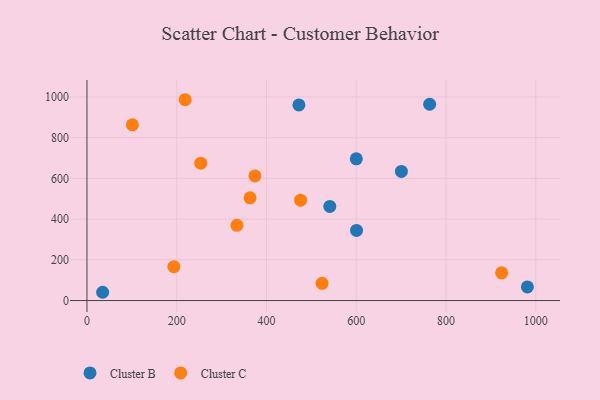
{"axis": {"x": "Engine Size", "y": "Rating"}, "legend": ["Cluster B", "Cluster C"], "data": [{"x": "600.1", "y": 696.0, "type": "Cluster B"}, {"x": "700.6", "y": 634.3, "type": "Cluster B"}, {"x": "472.2", "y": 960.8, "type": "Cluster B"}, {"x": "600.6", "y": 344.2, "type": "Cluster B"}, {"x": "763.6", "y": 964.2, "type": "Cluster B"}, {"x": "981.3", "y": 66.9, "type": "Cluster B"}, {"x": "34.9", "y": 40.6, "type": "Cluster B"}, {"x": "541.1", "y": 462.1, "type": "Cluster B"}, {"x": "476.0", "y": 492.9, "type": "Cluster C"}, {"x": "218.8", "y": 986.4, "type": "Cluster C"}, {"x": "253.6", "y": 674.6, "type": "Cluster C"}, {"x": "334.1", "y": 369.3, "type": "Cluster C"}, {"x": "101.2", "y": 862.9, "type": "Cluster C"}, {"x": "924.0", "y": 136.2, "type": "Cluster C"}, {"x": "523.8", "y": 84.6, "type": "Cluster C"}, {"x": "193.7", "y": 166.5, "type": "Cluster C"}, {"x": "363.4", "y": 504.6, "type": "Cluster C"}, {"x": "374.3", "y": 612.3, "type": "Cluster C"}]}